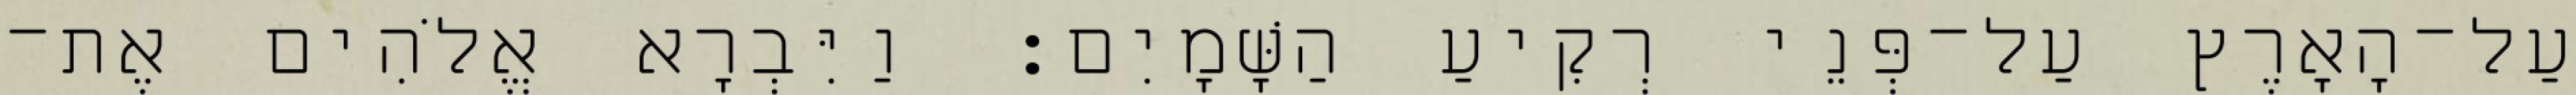
עַל־הָאָרֶץ עַל־פְּנֵי רְקִיעַ הַשָּׁמָיִם׃ וַיִּבְרָא אֱלֹהִים אֶת־